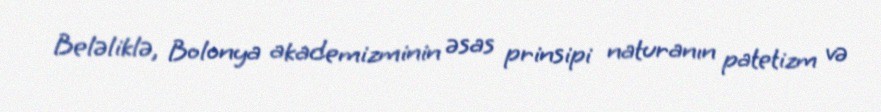
Beləliklə, Bolonya akademizminin əsas prinsipi naturanın patetizm və